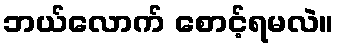
ဘယ်လောက် စောင့်ရမလဲ။